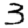
Digit: 3